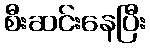
စီးဆင်းနေပြီး